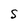
Character: S